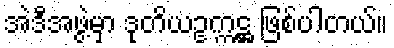
အဲဒီအဖွဲ့မှာ ဒုတိယဥက္ကဋ္ဌ ဖြစ်ပါတယ်။